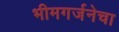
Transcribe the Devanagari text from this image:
भीमगर्जनेचा